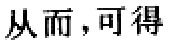
从而，可得